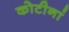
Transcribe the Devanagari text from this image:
कोटीनां